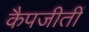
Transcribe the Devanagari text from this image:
कैपजीतीं